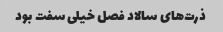
ذرت‌های سالاد فصل خیلی سفت بود